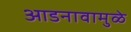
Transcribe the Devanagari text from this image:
आडनावामुळे